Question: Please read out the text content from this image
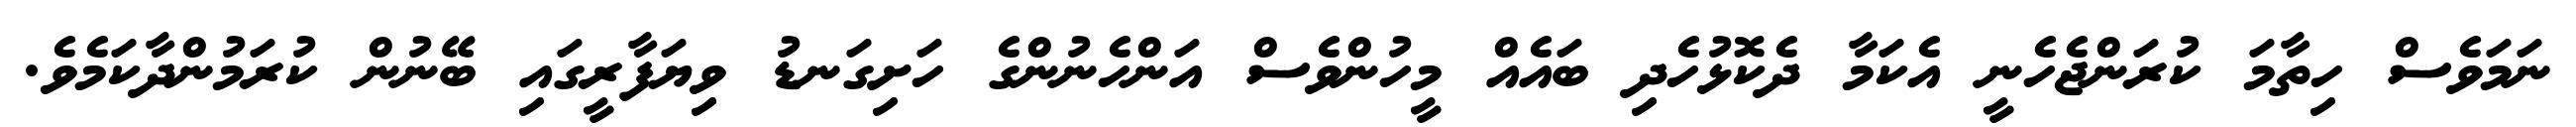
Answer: ނަމަވެސް ހިތާމަ ކުރަންޖެހެނީ އެކަމާ ދެކޮޅުހެދި ބައެއް މީހުންވެސް އަންހެނުންގެ ހަށިގަނޑު ވިޔަފާރީގައި ބޭނުން ކުރަމުންދާކަމެވެ.